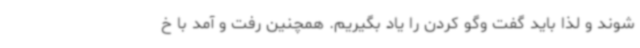
شوند و لذا باید گفت وگو کردن را یاد بگیریم. همچنین رفت و آمد با خ